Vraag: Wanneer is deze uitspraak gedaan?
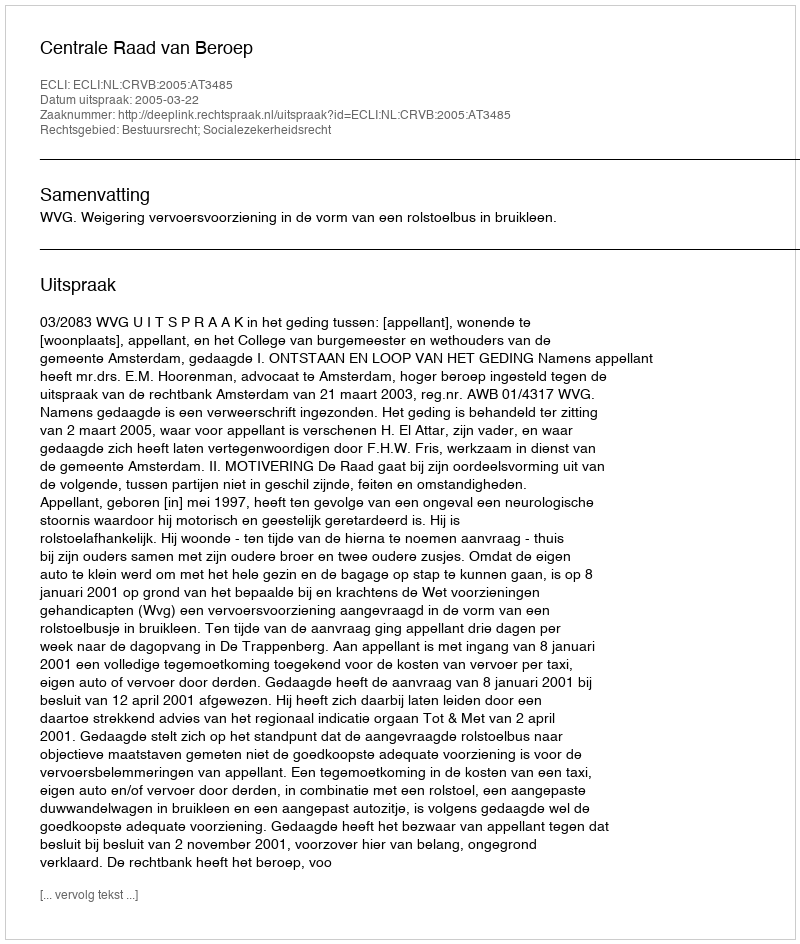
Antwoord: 2005-03-22